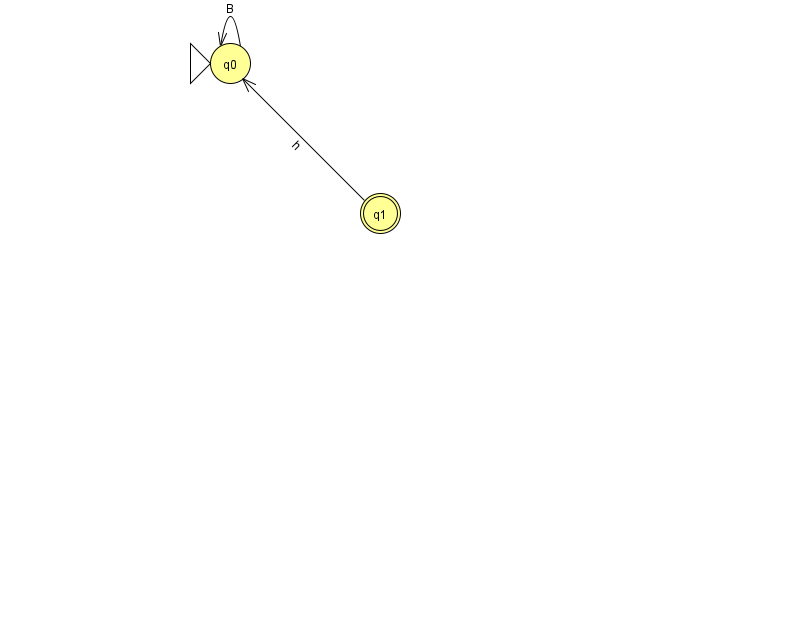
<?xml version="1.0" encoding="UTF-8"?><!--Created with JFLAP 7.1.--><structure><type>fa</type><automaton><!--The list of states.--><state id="0" name="q0"><x>230.0</x><y>50.0</y><initial/></state><state id="1" name="q1"><x>380.0</x><y>200.0</y><final/></state><!--The list of transitions.--><transition><from>0</from><to>0</to><read>B</read></transition><transition><from>1</from><to>0</to><read>h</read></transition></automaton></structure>